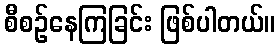
စီစဉ်နေကြခြင်း ဖြစ်ပါတယ်။